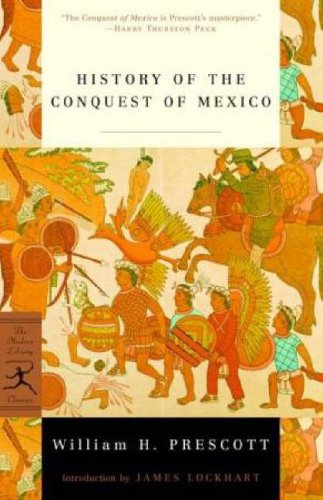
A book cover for History of the Conquest of Mexico (Modern Library Classics); William H. Prescott; History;